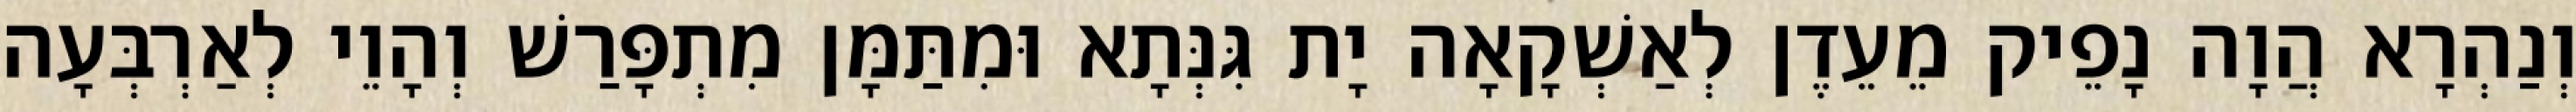
וְנַהְרָא הֲוָה נָפֵיק מֵעֵדֶן לְאַשְׁקָאָה יָת גִּנְּתָא וּמִתַּמָּן מִתְפָּרַשׁ וְהָוֵי לְאַרְבְּעָה